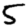
Digit: 5